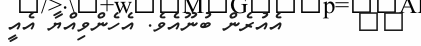
١٢      އެއުރެން ބުނޫއެވެ. އެހެންވިއްޔާ އެއީ